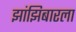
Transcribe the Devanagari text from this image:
झांझिबारला